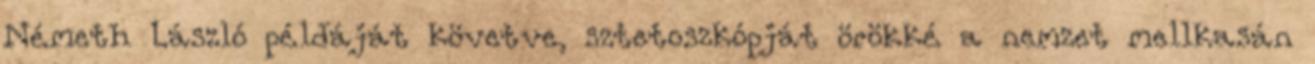
Németh László példáját követve, sztetoszkópját örökké a nemzet mellkasán